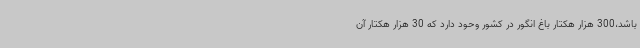
باشد،300 هزار هکتار باغ انگور در کشور وحود دارد که 30 هزار هکتار آن